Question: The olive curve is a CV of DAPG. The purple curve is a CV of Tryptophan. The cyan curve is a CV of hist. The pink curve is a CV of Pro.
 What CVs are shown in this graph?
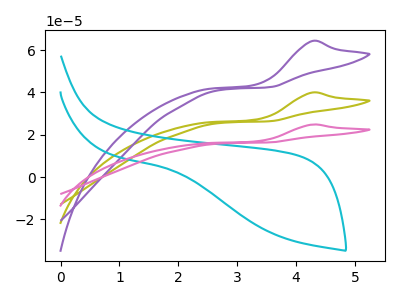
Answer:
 <answer>The olive curve is labeled "DAPG". The purple curve is labeled "Tryptophan". The cyan curve is labeled "hist". The pink curve is labeled "Pro".</answer>
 <eval></eval>